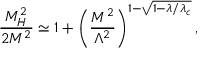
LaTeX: \frac { M _ { H } ^ { 2 } } { 2 M ^ { 2 } } \simeq 1 + \left( \frac { M ^ { 2 } } { \Lambda ^ { 2 } } \right) ^ { 1 - \sqrt { 1 - \lambda / \lambda _ { c } } } ,